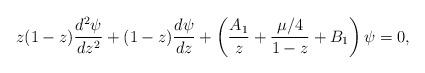
LaTeX: \begin{align*}z(1-z) { d^2 \psi \over dz^2} + (1-z) { d \psi \over dz } + \left ( { A_1 \over z} + { \mu/4 \over {1-z}} + B_1 \right ) \psi =0,\end{align*}